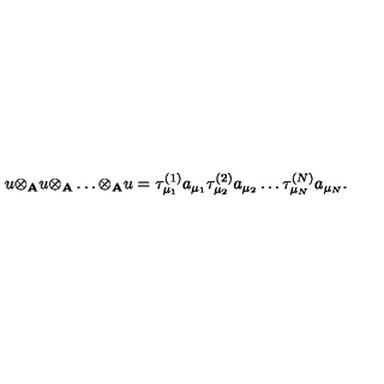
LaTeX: u { \otimes } _ { \bf A } u { \otimes } _ { \bf A } \ldots { \otimes } _ { \bf A } u = { \tau } _ { { \mu } _ { 1 } } ^ { ( 1 ) } a _ { { \mu } _ { 1 } } { \tau } _ { { \mu } _ { 2 } } ^ { ( 2 ) } a _ { { \mu } _ { 2 } } \ldots { \tau } _ { { \mu } _ { N } } ^ { ( N ) } a _ { { \mu } _ { N } } .